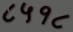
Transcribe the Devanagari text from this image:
८५१८